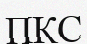
ПКС